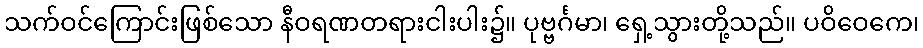
သက်ဝင်ကြောင်းဖြစ်သော နီဝရဏတရားငါးပါး၌။ ပုဗ္ဗင်္ဂမာ၊ ရှေ့သွားတို့သည်။ ပဝိဝေကေ၊